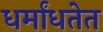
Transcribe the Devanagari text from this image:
धर्मांधतेत